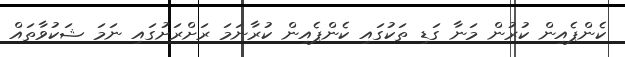
ކެންޕެއިން ކުރުން މަނާ ގަޑި ތަކުގައި ކެންޕެއިން ކުރާނަމަ ރަށްރަށުގައި ނަމަ ޝަކުވާތައް